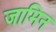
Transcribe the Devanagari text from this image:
जामिन